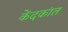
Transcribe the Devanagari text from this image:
केंदकांत